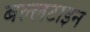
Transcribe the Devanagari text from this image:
बल्लटाइन